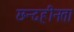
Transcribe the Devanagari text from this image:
छन्दहीनता